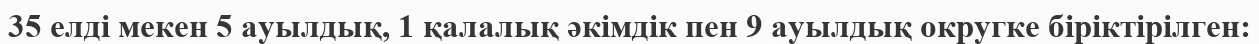
35 елді мекен 5 ауылдық, 1 қалалық әкімдік пен 9 ауылдық округке біріктірілген: